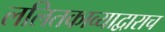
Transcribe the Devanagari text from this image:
ललितकाव्याद्वाराच